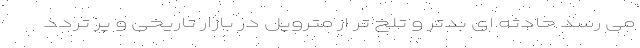
می رسد حادثه ای بدتر و تلخ تر از متروپل در بازار تاریخی و پر تردد